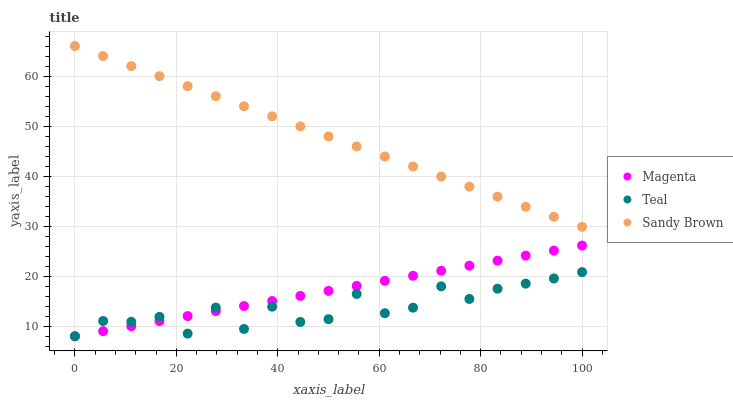
| xaxis_label | Magenta | Teal | Sandy Brown |
 | --- | --- | --- | --- |
 | 0 | 8 | 8 | 66 |
 | 5.56 | 9.01 | 11 | 64 |
 | 11.1 | 10 | 10.9 | 62 |
 | 16.7 | 11 | 11.9 | 60 |
 | 22.2 | 12 | 8.53 | 58 |
 | 27.8 | 13 | 13.7 | 56 |
 | 33.3 | 14 | 9.46 | 54 |
 | 38.9 | 15 | 13.9 | 51.9 |
 | 44.4 | 16.1 | 10.9 | 49.9 |
 | 50 | 17.1 | 11.4 | 47.9 |
 | 55.6 | 18.1 | 16.5 | 45.9 |
 | 61.1 | 19.1 | 12.6 | 43.9 |
 | 66.7 | 20.1 | 13.7 | 41.9 |
 | 72.2 | 21.1 | 18 | 39.9 |
 | 77.8 | 22.1 | 15.5 | 37.9 |
 | 83.3 | 23.1 | 17.5 | 35.9 |
 | 88.9 | 24.1 | 18.5 | 33.9 |
 | 94.4 | 25.1 | 19.5 | 31.9 |
 | 100 | 26.1 | 20.8 | 29.9 |